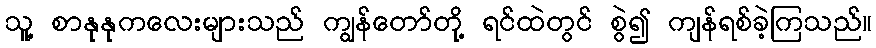
သူ့ စာနုနုကလေးများသည် ကျွန်တော်တို့ ရင်ထဲတွင် စွဲ၍ ကျန်ရစ်ခဲ့ကြသည်။